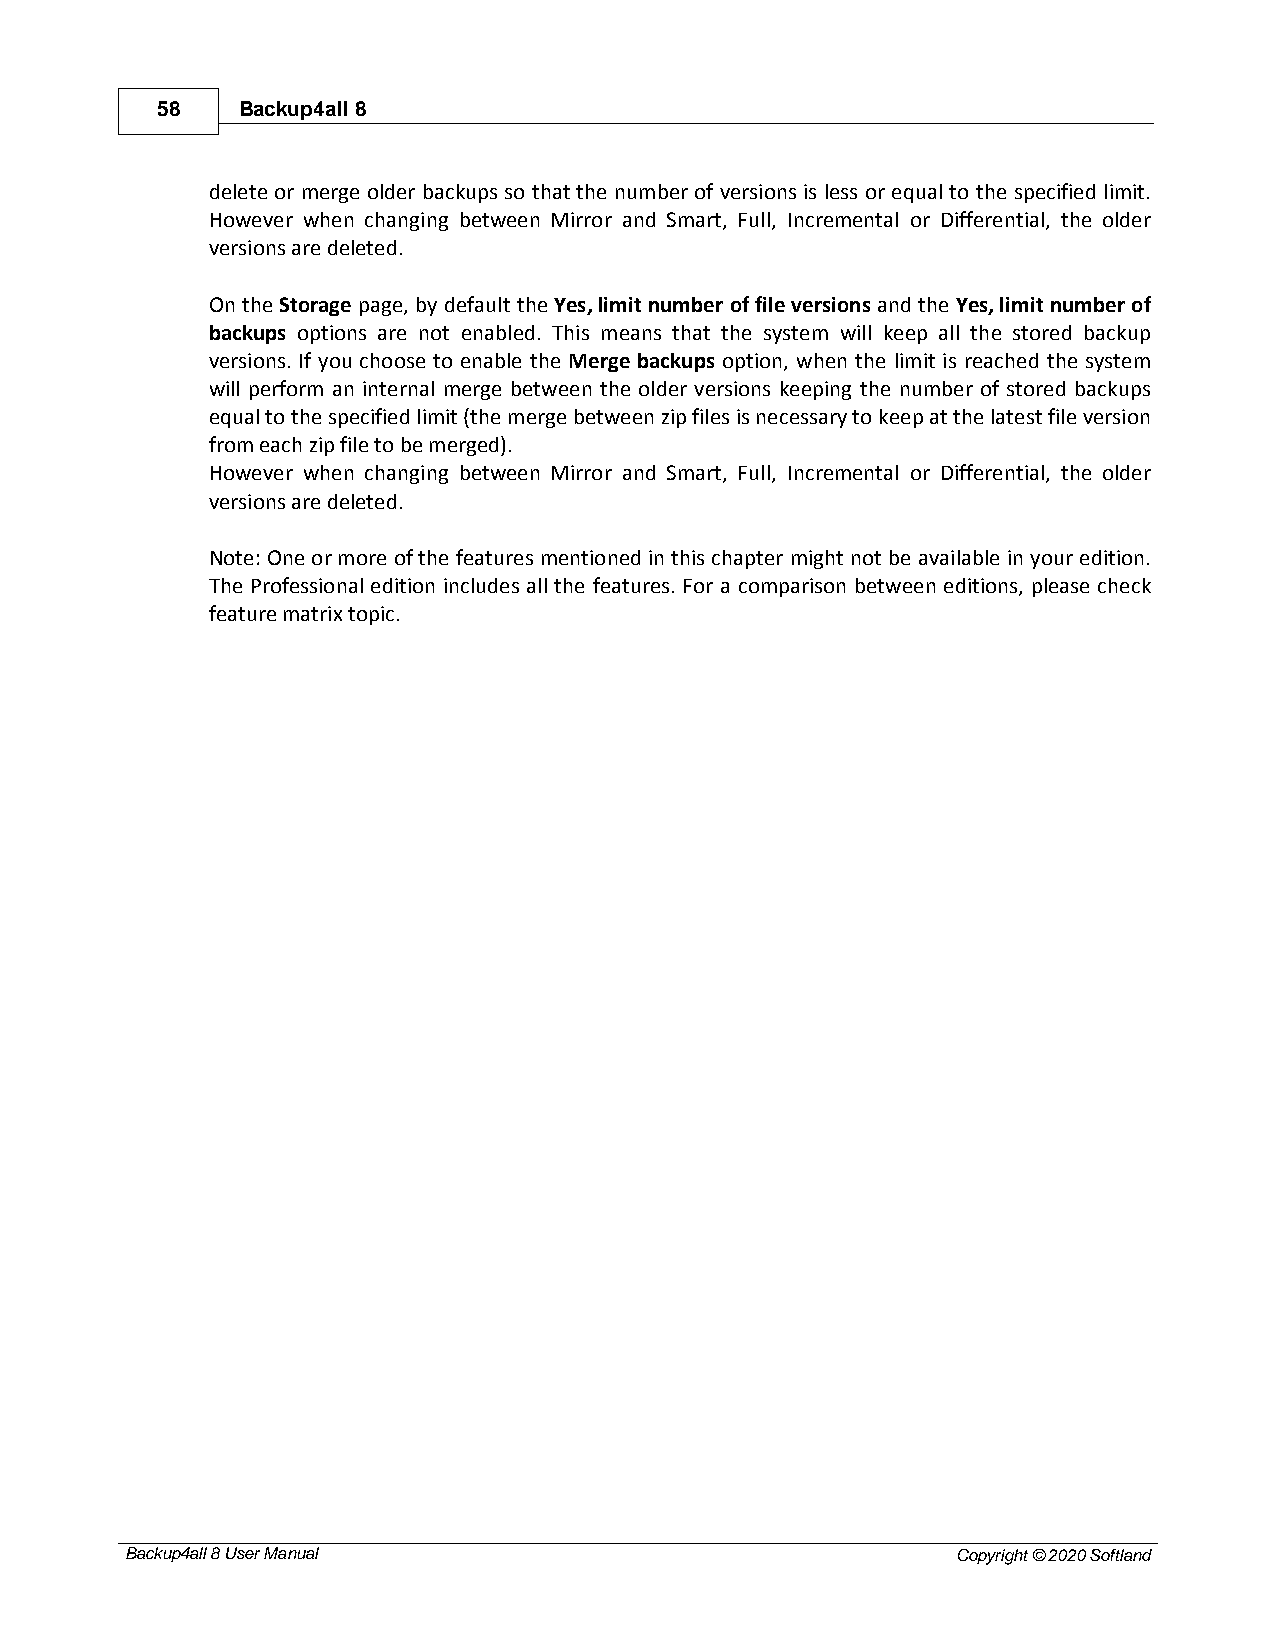
58    Backup4all 8
 delete or merge older backups so that the number of versions is less or equal to the specified limit.
 However when changing between Mirror and Smart, Full, Incremental or Differential, the older
 versions are deleted.
 On the Storage page, by default the Yes, limit number of file versions and the Yes, limit number of
 backups options are not enabled. This means that the system will keep all the stored backup
 versions. If you choose to enable the Merge backups option, when the limit is reached the system
 will perform an internal merge between the older versions keeping the number of stored backups
 equal to the specified limit (the merge between zip files is necessary to keep at the latest file version
 from each zip file to be merged).
 However when changing between Mirror and Smart, Full, Incremental or Differential, the older
 versions are deleted.
 Note: One or more of the features mentioned in this chapter might not be available in your edition.
 The Professional edition includes all the features. For a comparison between editions, please check
 feature matrix topic.
 Backup4all 8 User Manual                               Copyright © 2020 Softland